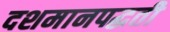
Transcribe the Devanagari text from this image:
दशमानपद्धती